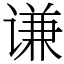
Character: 谦